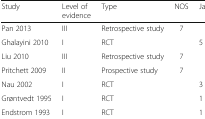
<table><thead><tr><td><b>Study</b></td><td><b>Level of evidence</b></td><td><b>Type</b></td><td><b>NOS</b></td><td><b>Jadad scale</b></td></tr></thead><tbody><tr><td>Pan 2013</td><td>III</td><td>Retrospective study</td><td>7</td><td></td></tr><tr><td>Ghalayini 2010</td><td>I</td><td>RCT</td><td></td><td>5</td></tr><tr><td>Liu 2010</td><td>III</td><td>Retrospective study</td><td>7</td><td></td></tr><tr><td>Pritchett 2009</td><td>II</td><td>Prospective study</td><td>7</td><td></td></tr><tr><td>Nau 2002</td><td>I</td><td>RCT</td><td></td><td>3</td></tr><tr><td>Grøntvedt 1995</td><td>I</td><td>RCT</td><td></td><td>1</td></tr><tr><td>Endstrom 1993</td><td>I</td><td>RCT</td><td></td><td>1</td></tr></tbody></table>